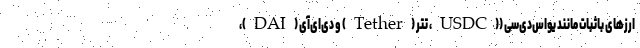
ارزهای باثبات مانند یو‌اس‌دی‌سی ((USDC، تتر (Tether) و دی‌ای‌آی (DAI)،